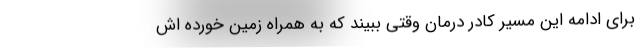
برای ادامه این مسیر کادر درمان وقتی ببیند که به همراه زمین خورده اش